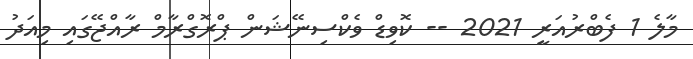
މާލެ 1 ފެބްރުއަރީ 2021 -- ކޮވިޑް ވެކްސިނޭޝަން ޕްރޮގްރާމް ރާއްޖޭގައި މިއަދު